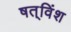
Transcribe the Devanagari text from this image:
षत्‌विंश